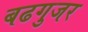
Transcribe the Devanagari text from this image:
बढगुजर